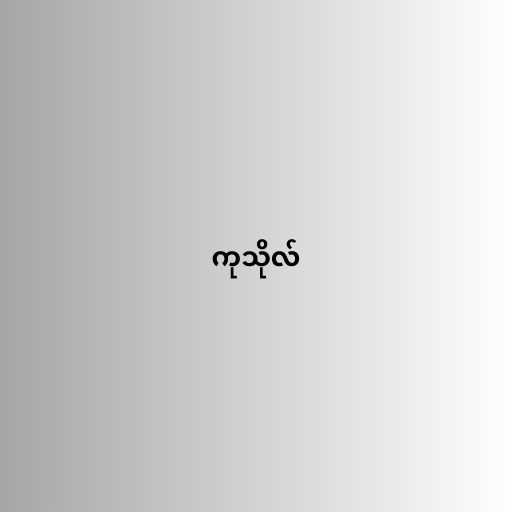
ကုသိုလ်